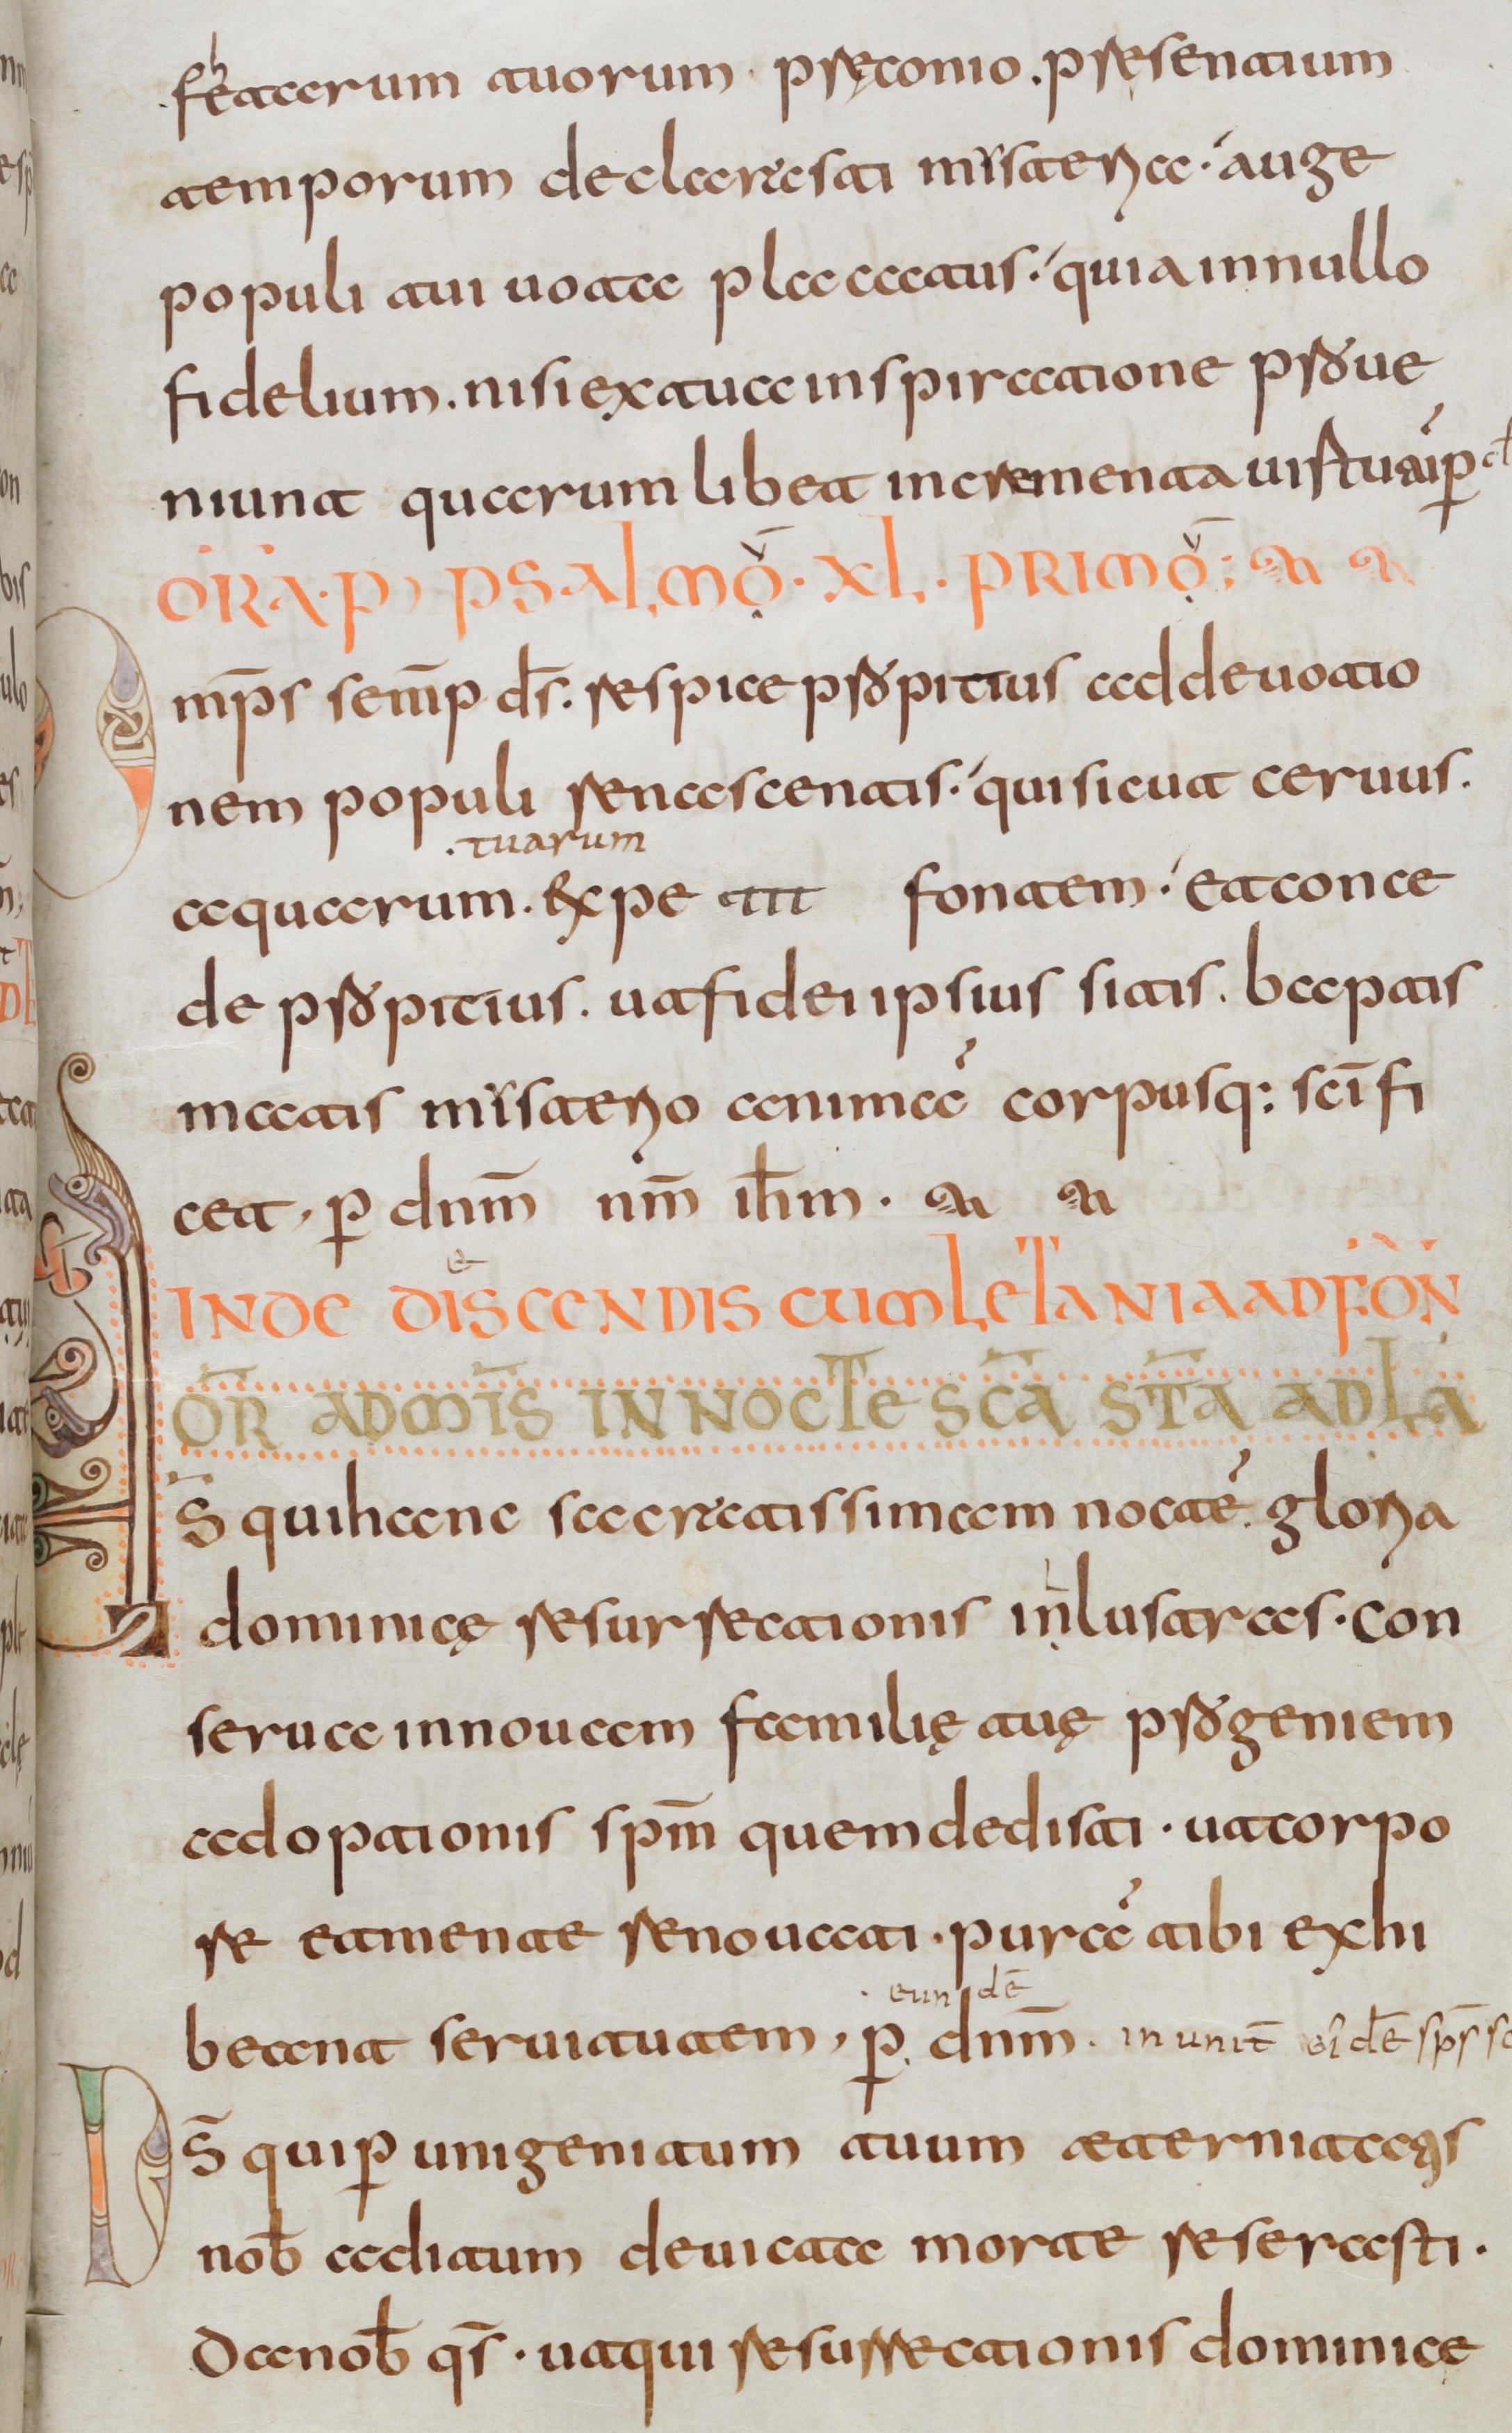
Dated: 800–830